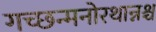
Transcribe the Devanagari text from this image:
गच्छन्मनोरथान्नश्च